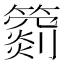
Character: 𥵲